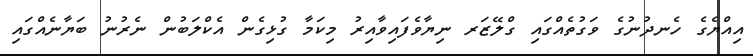
އިއްޔެގެ ހެނދުނުގެ ވަގުތެއްގައި ގްލޭޒަރ ނިޔާވެފައިވާއިރު މިކަމާ ގުޅިގެން އެކްލަބުން ނެރުނު ބަޔާނެއްގައި